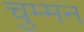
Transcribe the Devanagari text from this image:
चुम्मन